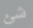
شئ